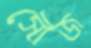
সৌজ